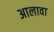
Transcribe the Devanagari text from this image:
अालावा